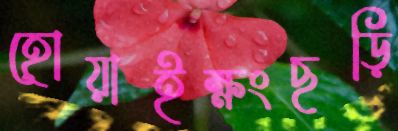
হোয়াইক্ষংছড়ি